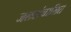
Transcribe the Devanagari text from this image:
जलसंचालित